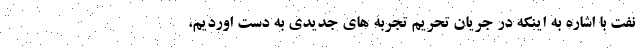
نفت با اشاره به اینکه در جریان تحریم تجربه های جدیدی به دست اوردیم،